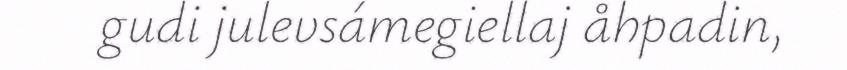
gudi julevsámegiellaj åhpadin,